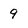
Character: 9